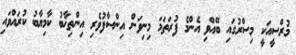
މުރްސީއަކީ މިސްރުގައި ބޭއްވި އެންމެ ފުރަތަމަ މިނިވަން އިންސާފުވެރި އިންތިޚާބު ކާމިޔާބު ކުރައްވައި